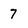
Character: 7